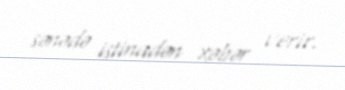
sənədə istinadən xəbər verir.